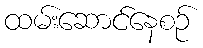
ထမ်းဆောင်နေစဉ်